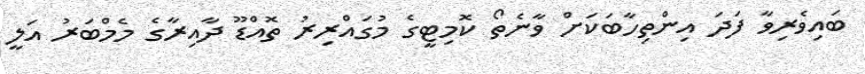
ބައިވެރިވާ ފަދަ އިންތިހާބަކަށް ވާނެތޯ ކޮމިޓީގެ މުގައްރިރު ތޮއްޑޫ ދާއިރާގެ މެމްބަރު އަލީ